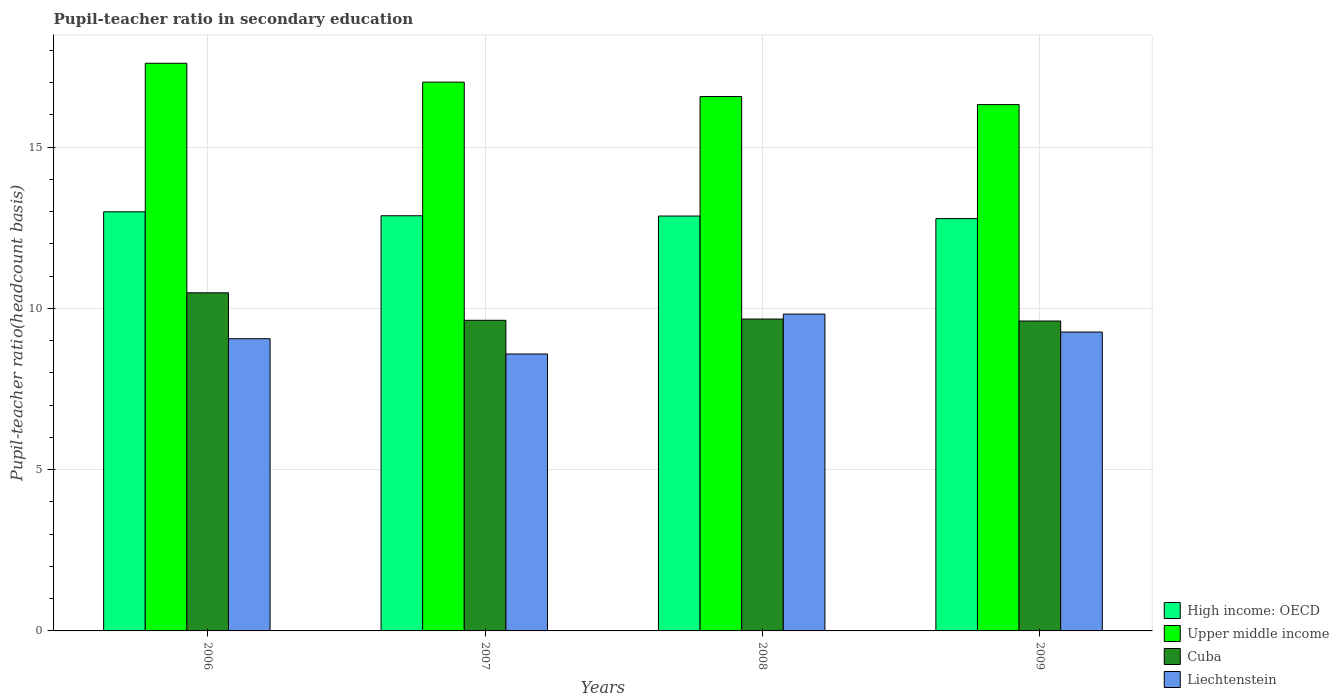
| Years | High income: OECD | Upper middle income | Cuba | Liechtenstein |
 | --- | --- | --- | --- | --- |
 | 2006 | 13 | 17.6 | 10.5 | 9.06 |
 | 2007 | 12.9 | 17 | 9.63 | 8.59 |
 | 2008 | 12.9 | 16.6 | 9.67 | 9.83 |
 | 2009 | 12.8 | 16.3 | 9.61 | 9.27 |